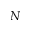
N